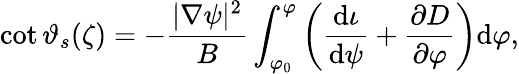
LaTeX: \cot\vartheta_{s}(\zeta)=-\frac{|\nabla\psi|^{2}}{B}\int_{\varphi_{0}}^{\varphi}\left(\frac{\mathrm{d}\iota}{\mathrm{d}\psi}+\frac{\partial D}{\partial\varphi}\right)\mathrm{d}\varphi,